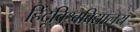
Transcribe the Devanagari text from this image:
हिंदूविश्वविद्यालय